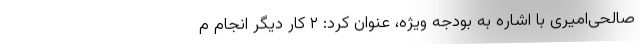
صالحی‌امیری با اشاره به بودجه ویژه، عنوان کرد: ۲ کار دیگر انجام م